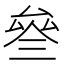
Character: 叄